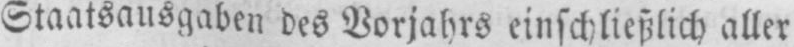
Staatsausgaben des Vorjahrs einschließlich aller